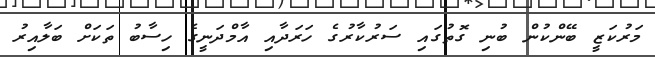
މަރުކަޒީ ބޭންކުން ބުނި ގޮތުގައި ސަރުކާރުގެ ހަރަދާއި އާމްދަނީގެ ހިސާބު ތަކަށް ބަލާއިރު